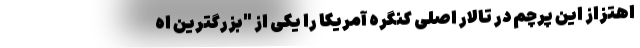
اهتزاز این پرچم در تالار اصلی کنگره آمریکا را یکی از "بزرگترین اه